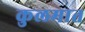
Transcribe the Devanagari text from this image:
कुलमात